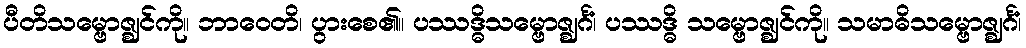
ပီတိသမ္ဗောဇ္ဈင်ကို။ ဘာဝေတိ၊ ပွားစေ၏။ ပဿဒ္ဓိသမ္ဗောဇ္ဈင်္ဂံ၊ ပဿဒ္ဓိ သမ္ဗောဇ္ဈင်ကို။ သမာဓိသမ္ဗောဇ္ဈင်္ဂံ၊